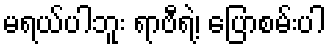
မရယ်ပါဘူး ရာဗီရဲ့၊ ပြောစမ်းပါ